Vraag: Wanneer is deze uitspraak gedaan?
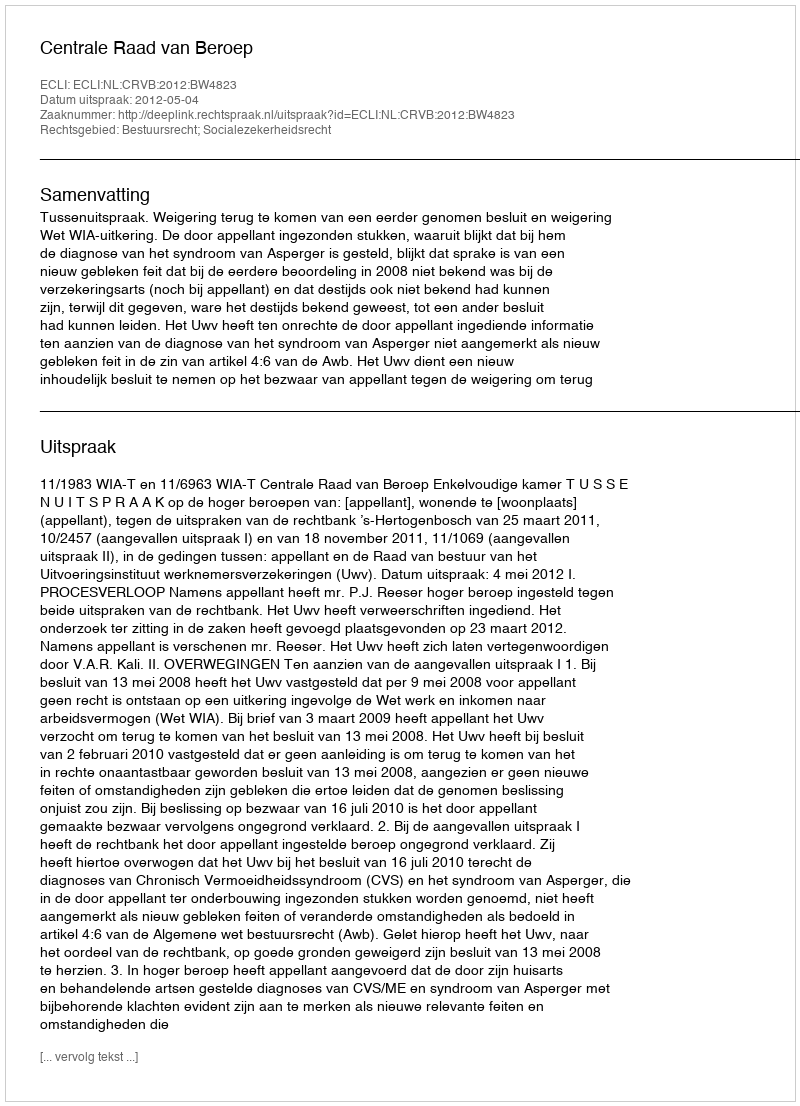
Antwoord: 2012-05-04